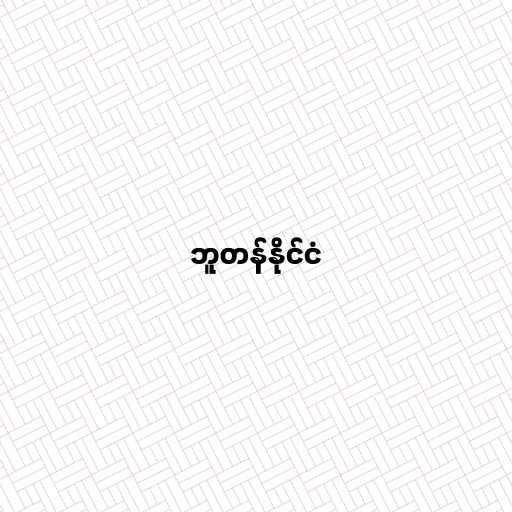
ဘူတန်နိုင်ငံ